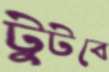
টুটবে